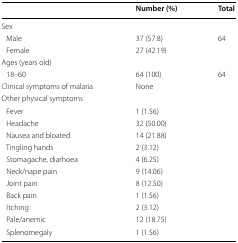
<table><thead><tr><td></td><td><b>Number (%)</b></td><td><b>Total</b></td></tr></thead><tbody><tr><td colspan="3">Sex</td></tr><tr><td> Male</td><td>37 (57.8)</td><td>64</td></tr><tr><td> Female</td><td>27 (42.19)</td><td></td></tr><tr><td colspan="2">Ages (years old)</td><td></td></tr><tr><td> 18–60</td><td>64 (100)</td><td>64</td></tr><tr><td>Clinical symptoms of malaria</td><td>None</td><td></td></tr><tr><td colspan="3">Other physical symptoms</td></tr><tr><td> Fever</td><td>1 (1.56)</td><td></td></tr><tr><td> Headache</td><td>32 (50.00)</td><td></td></tr><tr><td> Nausea and bloated</td><td>14 (21.88)</td><td></td></tr><tr><td> Tingling hands</td><td>2 (3.12)</td><td></td></tr><tr><td> Stomagache, diarhoea</td><td>4 (6.25)</td><td></td></tr><tr><td> Neck/nape pain</td><td>9 (14.06)</td><td></td></tr><tr><td> Joint pain</td><td>8 (12.50)</td><td></td></tr><tr><td> Back pain</td><td>1 (1.56)</td><td></td></tr><tr><td> Itching</td><td>2 (3.12)</td><td></td></tr><tr><td> Pale/anemic</td><td>12 (18.75)</td><td></td></tr><tr><td> Splenomegaly</td><td>1 (1.56)</td><td></td></tr></tbody></table>